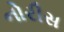
નોરીસ